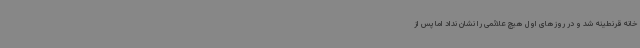
خانه قرنطینه شد و در روزهای اول هیچ علائمی را نشان نداد اما پس از